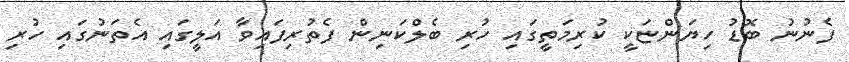
ފެނުނު ބޮޑު ހިޔަންޏަކީ ކުރިމަތީގައި ހުރި ބެލްކަނިން ފެތުރިފައިވާ އަލީގައި އެތަނުގައި ހުރި